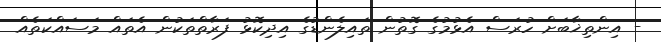
- އިންތިޚާބަށް ހުރަސް އެޅުމުގެ ގޮތުން ތައިލެންޑުގެ އިދިކޮޅު ފަރާތްތަކުން އެތައް މަސައްކަތެއް